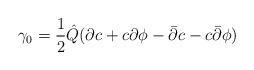
LaTeX: \begin{align*}\gamma_0 = \frac{1}{2} {\hat Q} ( \partial c + c \partial \phi -{\bar \partial} c - c {\bar \partial} \phi )\end{align*}